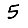
Digit: 5